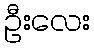
ဦးလေး